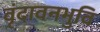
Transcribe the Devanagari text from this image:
वृंदावनभुवि